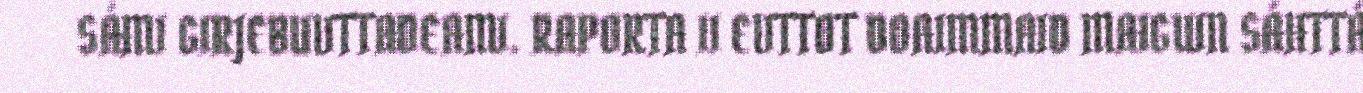
SÁMI GIRJEBUVTTADEAMI. RAPORTA II EVTTOT DOAIMMAID MAIGUIN SÁHTTÁ